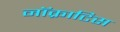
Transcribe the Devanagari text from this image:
नॉक्राटिस